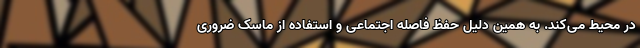
در محیط می‌کند. به همین دلیل حفظ فاصله اجتماعی و استفاده از ماسک ضروری